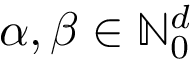
\alpha , \beta \in \mathbb { N } _ { 0 } ^ { d }